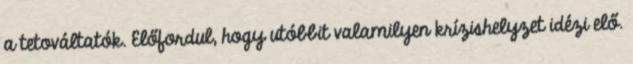
a tetováltatók. Előfordul, hogy utóbbit valamilyen krízishelyzet idézi elő.